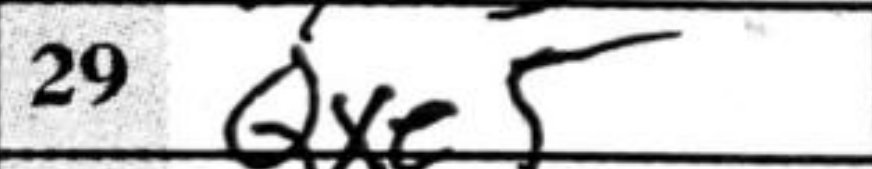
Transcription: Qxe5